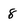
Character: 8